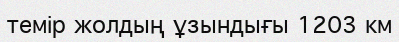
темір жолдың ұзындығы 1203 км